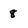
Character: 8